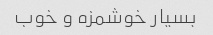
بسیار خوشمزه و خوب